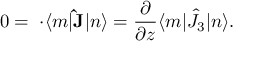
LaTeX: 0 = { \bf \nabla \cdot } \langle m | { \bf \hat { J } } | n \rangle = { \frac { \partial } { \partial z } } \langle m | \hat { J } _ { 3 } | n \rangle .